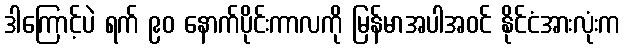
ဒါကြောင့်ပဲ ရက် ၉၀ နောက်ပိုင်းကာလကို မြန်မာအပါအဝင် နိုင်ငံအားလုံးက